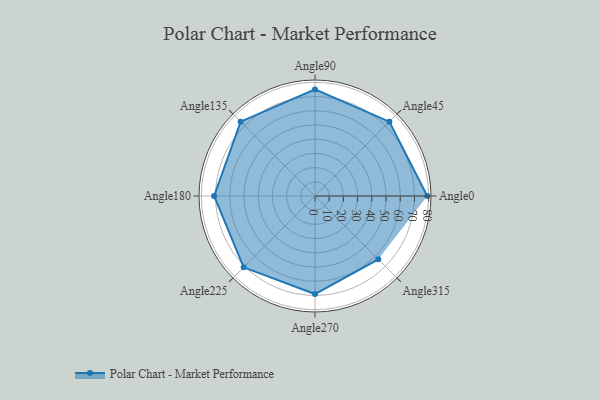
{"axis": {"x": "Angle", "y": "Radius"}, "legend": [""], "data": [{"x": "Angle0", "y": 79.0, "type": ""}, {"x": "Angle45", "y": 74.0, "type": ""}, {"x": "Angle90", "y": 75.0, "type": ""}, {"x": "Angle135", "y": 74.0, "type": ""}, {"x": "Angle180", "y": 71.0, "type": ""}, {"x": "Angle225", "y": 71.0, "type": ""}, {"x": "Angle270", "y": 69.0, "type": ""}, {"x": "Angle315", "y": 63.0, "type": ""}]}